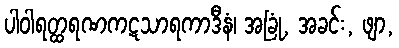
ပါဝါရတ္ထရဏကဋသာရကာဒီနံ၊ အခြုံ, အခင်း, ဖျာ,